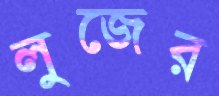
লুজের